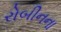
રોબીનના